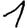
Digit: 1